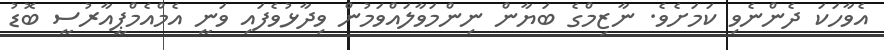
އެވާހަކަ ދެންނެވި ކަމަށެވެ. ނާޒިމްގެ ބަޔާން ނިންމަވާލައްވަމުން ވިދާޅުވެފައި ވަނީ އެމްއެމްޕީއާރުސީ ބޮޑު